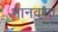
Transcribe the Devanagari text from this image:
भानवसा